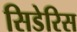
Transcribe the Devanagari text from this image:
सिडेरिस